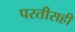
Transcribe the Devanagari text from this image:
परतीसही